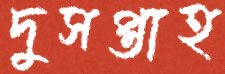
দুসপ্তাহ